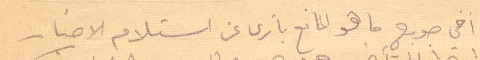
اخي جورج ما هو المابنع يا ترى عن استلام الاخبار